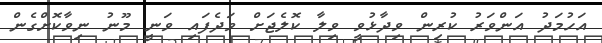
އަހުމަދު އަންވަރު ކުރިން ވިދާޅުވީ ވިލާ ކޮލެޖަށް ވަދެފައި ވަނީ މޫނު ނިވާކޮށްގެން